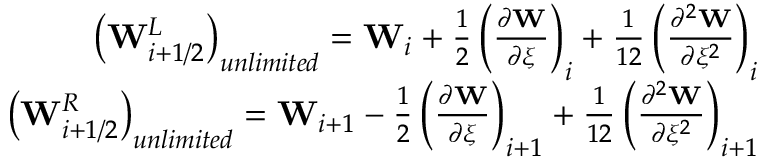
\begin{array} { r } { \left( \mathbf { W } _ { i + 1 / 2 } ^ { L } \right) _ { u n l i m i t e d } = \mathbf { W } _ { i } + \frac { 1 } { 2 } \left( \frac { \partial \mathbf { W } } { \partial \xi } \right) _ { i } + \frac { 1 } { 1 2 } \left( \frac { \partial ^ { 2 } \mathbf { W } } { \partial \xi ^ { 2 } } \right) _ { i } } \\ { \left( \mathbf { W } _ { i + 1 / 2 } ^ { R } \right) _ { u n l i m i t e d } = \mathbf { W } _ { i + 1 } - \frac { 1 } { 2 } \left( \frac { \partial \mathbf { W } } { \partial \xi } \right) _ { i + 1 } + \frac { 1 } { 1 2 } \left( \frac { \partial ^ { 2 } \mathbf { W } } { \partial \xi ^ { 2 } } \right) _ { i + 1 } } \end{array}